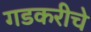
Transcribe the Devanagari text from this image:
गडकरीचे